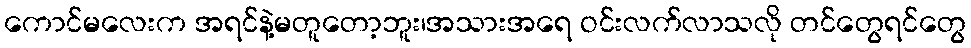
ကောင်မလေးက အရင်နဲ့မတူတော့ဘူး၊အသားအရေ ဝင်းလက်လာသလို တင်တွေရင်တွေ